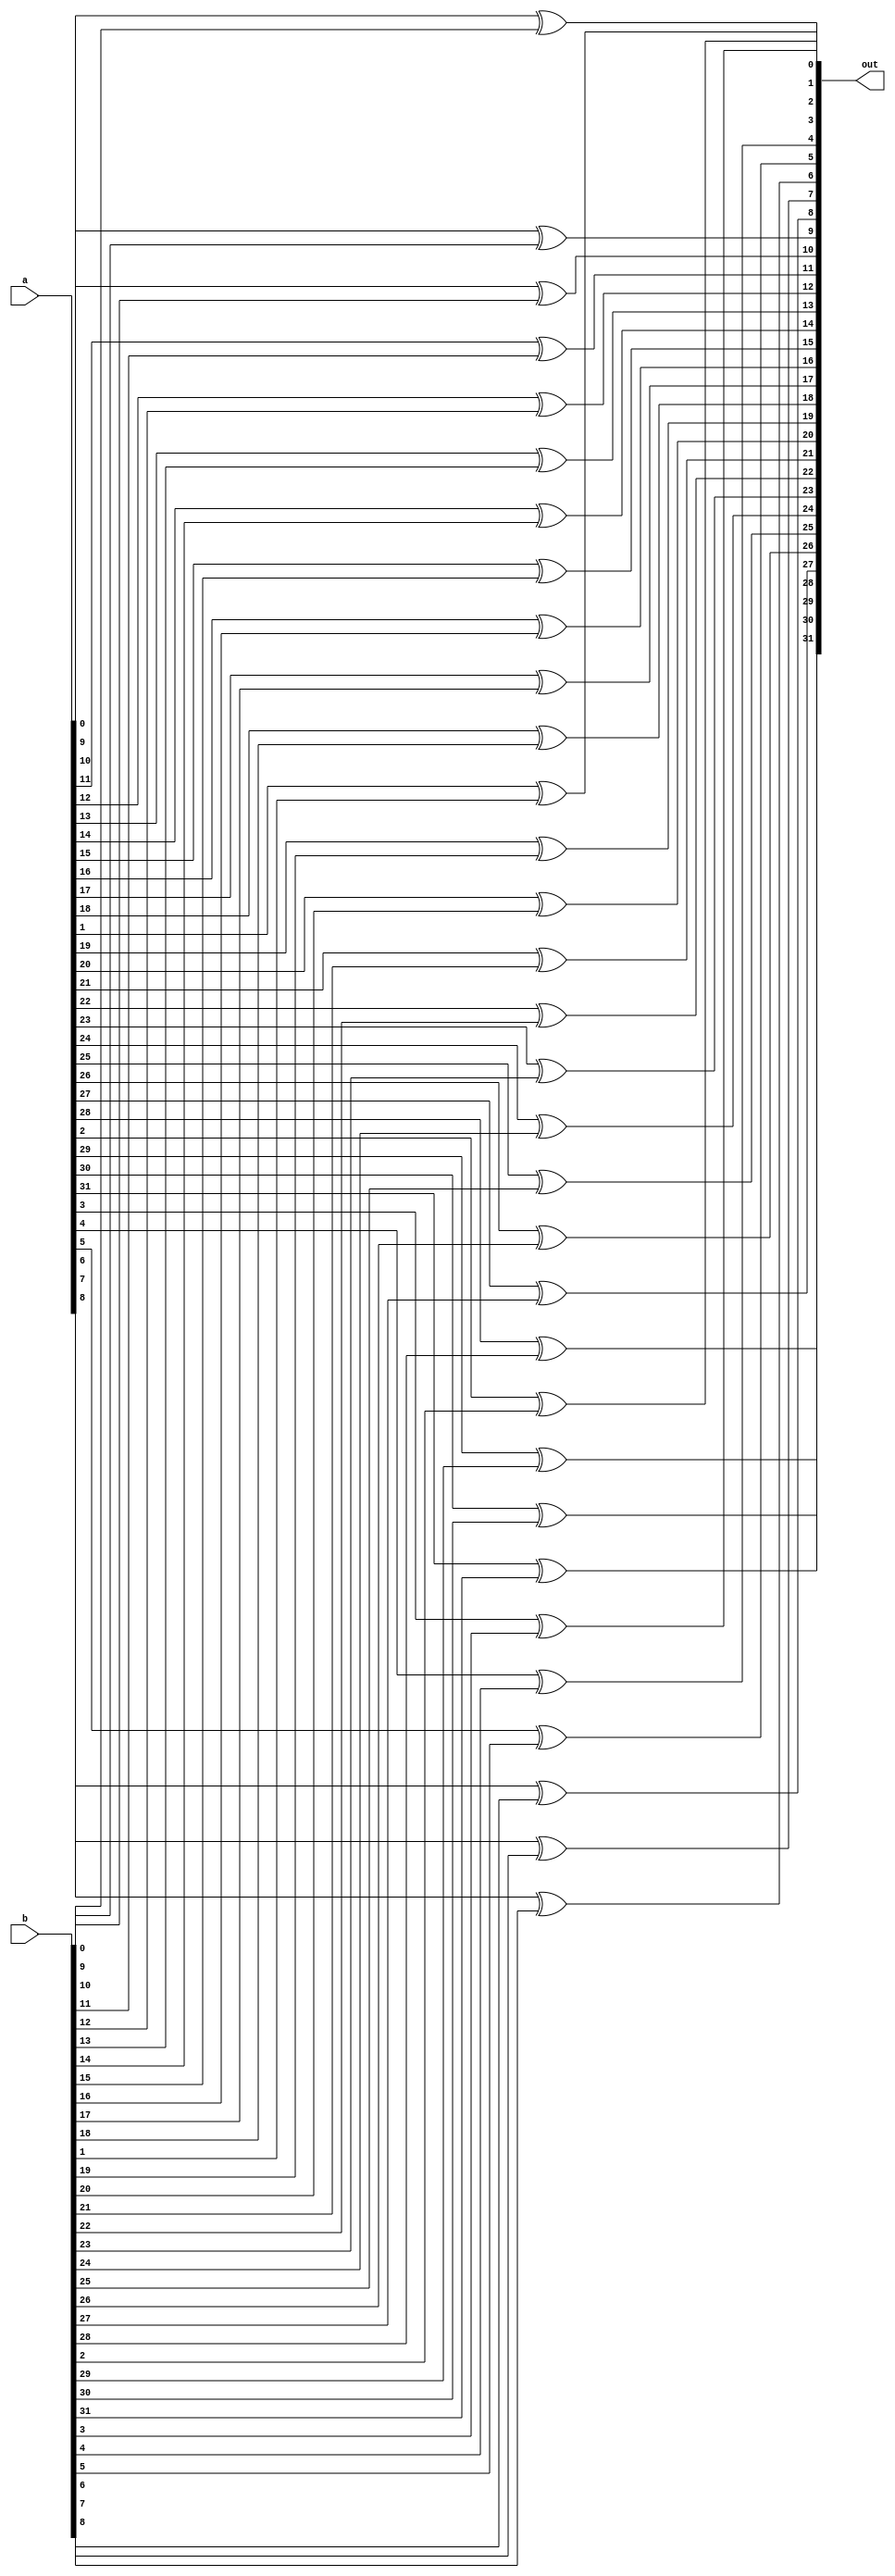
module N_bit_xor_bitwise (out, a, b);
    parameter N = 32;
    input [N-1:0]a, b;
    output [N-1: 0]out;
    
    genvar p;
    generate for(p=0; p<N; p=p+1)
        begin
            xor xp(out[p], a[p], b[p]);
        end
    endgenerate
endmodule